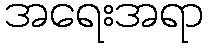
အရေးအရာ